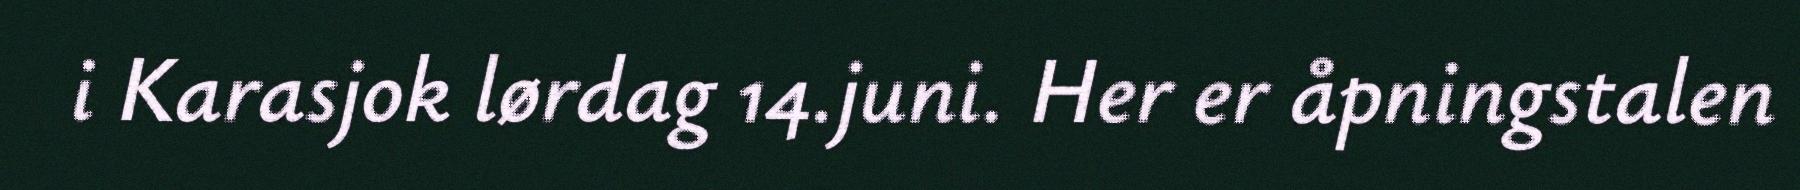
i Karasjok lørdag 14.juni. Her er åpningstalen